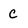
Character: c